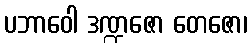
ပဘာဝေါ ဒဏ္ဍဇော တေဇော၊